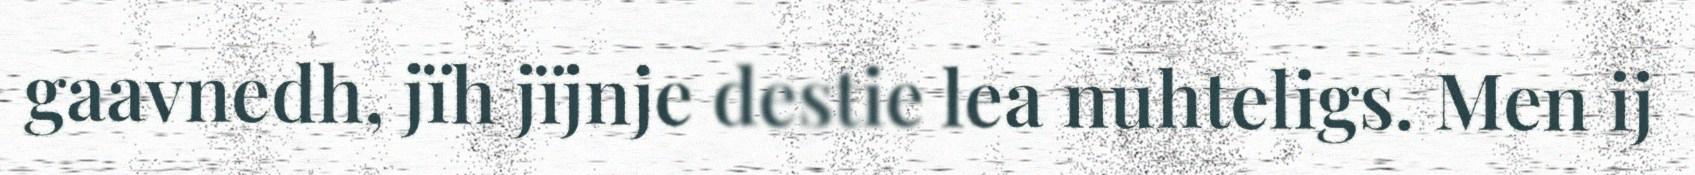
gaavnedh, jïh jïjnje destie lea nuhteligs. Men ij